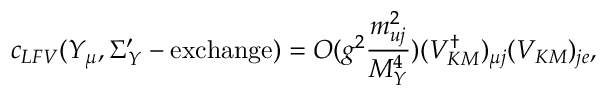
c _ { L F V } ( Y _ { \mu } , \Sigma _ { Y } ^ { \prime } - \mathrm { e x c h a n g e } ) = O ( g ^ { 2 } \frac { m _ { u j } ^ { 2 } } { M _ { Y } ^ { 4 } } ) ( V _ { K M } ^ { \dag } ) _ { \mu j } ( V _ { K M } ) _ { j e } ,